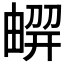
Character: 𠟳